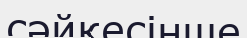
сәйкесінше